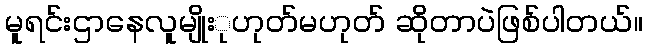
မူရင်းဌာနေလူမျိုးုဟုတ်မဟုတ် ဆိုတာပဲဖြစ်ပါတယ်။